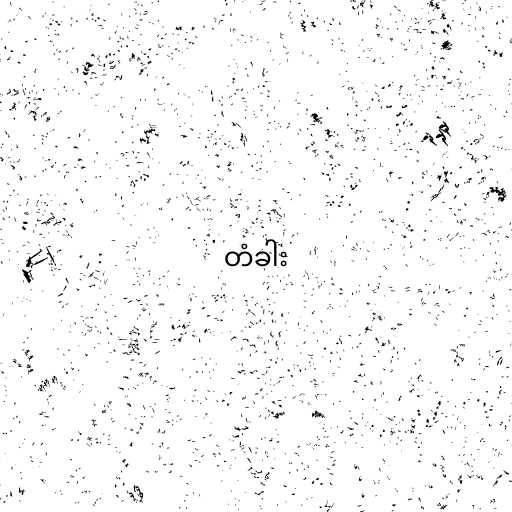
တံခါး